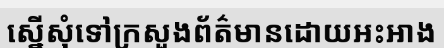
ស្នើសុំទៅក្រសួងព័ត៌មានដោយអះអាង